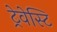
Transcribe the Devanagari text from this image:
ट्रेवेस्टि